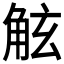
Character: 𧣙